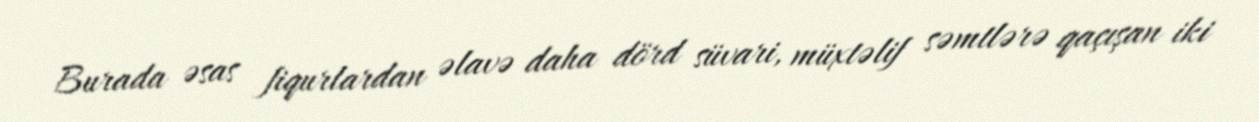
Burada əsas fiqurlardan əlavə daha dörd süvari, müxtəlif səmtlərə qaçışan iki